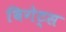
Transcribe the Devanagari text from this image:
बिगेट्स